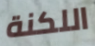
اللكنة